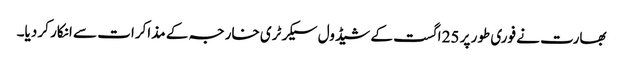
بھارت نے فوری طور پر 25 اگست کے شیڈول سیکرٹری خارجہ کے مذاکرات سے انکار کر دیا۔